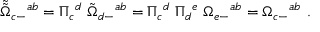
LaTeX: { \tilde { \tilde { \Omega } } } _ { c - } { } ^ { a b } = \Pi _ { c } { } ^ { d } \; { \tilde { \Omega } } _ { d - } { } ^ { a b } = \Pi _ { c } { } ^ { d } \; \Pi _ { d } { } ^ { e } \; \Omega _ { e - } { } ^ { a b } = \Omega _ { c - } { } ^ { a b } \ .